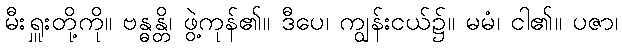
မီးရှူးတို့ကို။ ဗန္ဓန္တိ၊ ဖွဲ့ကုန်၏။ ဒီပေ၊ ကျွန်းငယ်၌။ မမံ၊ ငါ၏။ ပဇာ၊